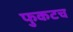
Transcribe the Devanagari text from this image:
फुकटच